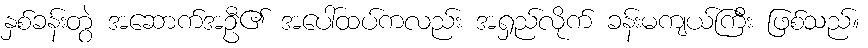
နှစ်ခန်းတွဲ အဆောက်အဦ၏ အပေါ်ထပ်ကလည်း အရှည်လိုက် ခန်းမကျယ်ကြီး ဖြစ်သည်။